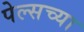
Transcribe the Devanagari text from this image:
पेल्सच्या